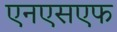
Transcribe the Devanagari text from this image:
एनएसएफ